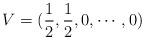
LaTeX: \begin{align*}V= (\frac{1}{2}, \frac{1}{2}, 0, \cdots, 0) \end{align*}